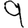
Digit: 9